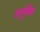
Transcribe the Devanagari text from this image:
अनुविंब